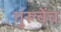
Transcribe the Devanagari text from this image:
गुरूचेंच